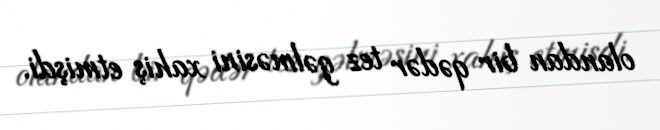
olandan bir qədər tez gəlməsini xahiş etmişdi.